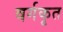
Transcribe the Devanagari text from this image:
वर्गकृत